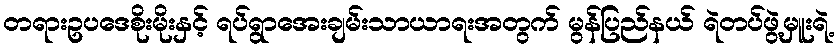
တရားဥပဒေစိုးမိုးနှင့် ရပ်ရွာအေးချမ်းသာယာရးအတွက် မွန်ပြည်နယ် ရဲတပ်ဖွဲ့မှူးရဲ့